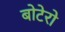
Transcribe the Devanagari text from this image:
बोटेरो